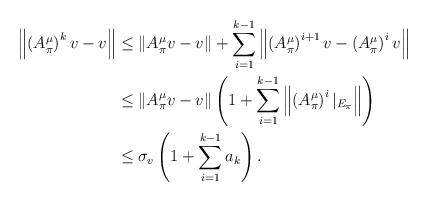
LaTeX: \begin{align*}\left\| \left(A^\mu_\pi\right)^k v -v \right\|&\leq \left\| A^\mu_\pi v -v \right\| + \sum_{i=1}^{k-1}\left\| \left(A^\mu_\pi\right)^{i+1} v - \left(A^\mu_\pi\right)^{i} v\right\| \\&\leq \left\| A^\mu_\pi v -v \right\| \left( 1+ \sum_{i=1}^{k-1}\left\| \left(A^\mu_\pi\right)^{i}|_{E_\pi}\right\|\right)\\& \leq \sigma_v \left( 1+ \sum_{i=1}^{k-1}a_k\right).\end{align*}